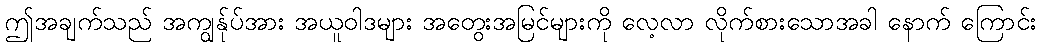
ဤအချက်သည် အကျွန်ုပ်အား အယူဝါဒများ အတွေးအမြင်များကို လေ့လာ လိုက်စားသောအခါ နောက် ကြောင်း